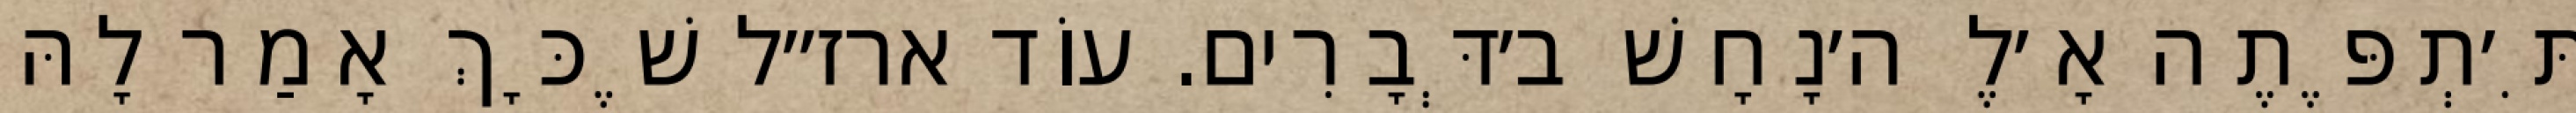
תִּ׳תְפֶּתֶה אָ׳לֶ ה׳נָחָשׁ ב׳דְּבָרִים. עוֹד ארז״ל שֶׁכָּךְ אָמַר לָהּ